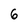
Character: 6